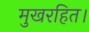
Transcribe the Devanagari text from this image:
मुखरहित।